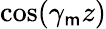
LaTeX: \cos(\gamma_{\mathsf{m}}z)